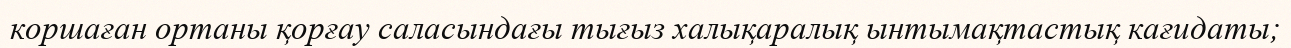
коршаған ортаны қорғау саласындағы тығыз халықаралық ынтымақтастық кағидаты;